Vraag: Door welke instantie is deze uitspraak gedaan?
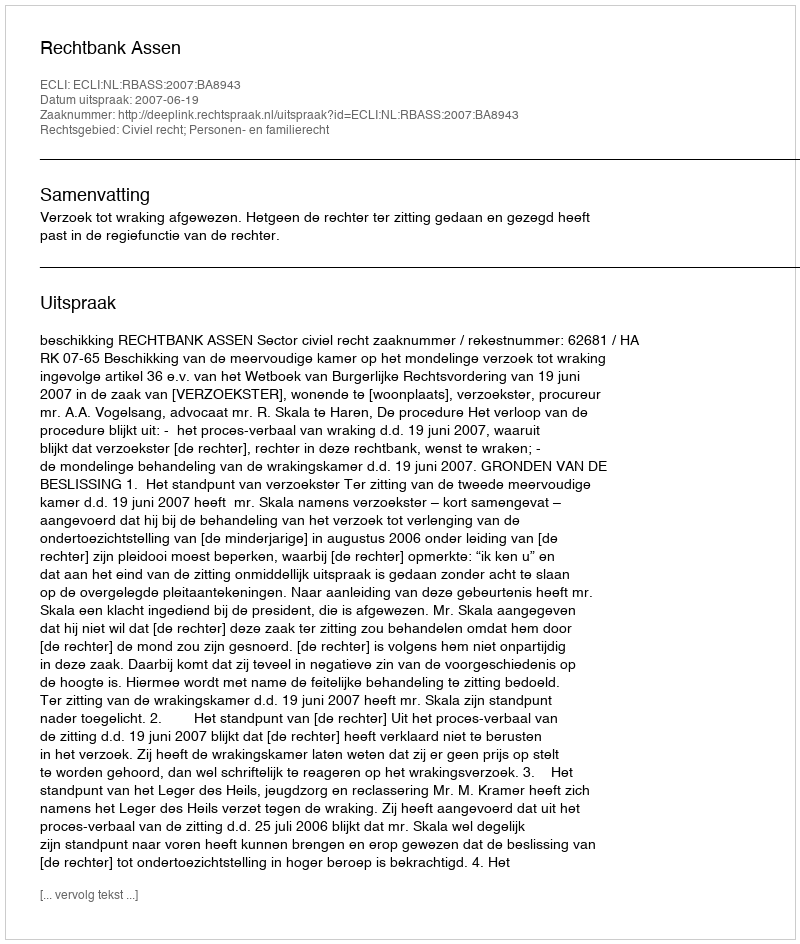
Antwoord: Rechtbank Assen